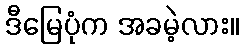
ဒီမြေပုံက အခမဲ့လား။